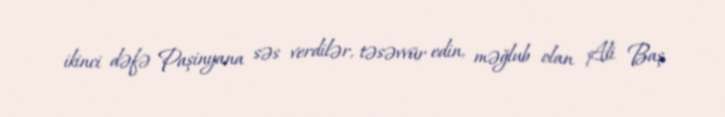
ikinci dəfə Paşinyana səs verdilər, təsəvvür edin, məğlub olan Ali Baş